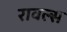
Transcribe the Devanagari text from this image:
रावल्स